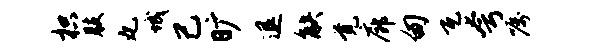
枳肢丸城己旷退觖觉廊甸瓦夸嘱